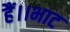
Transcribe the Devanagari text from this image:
हैं।।भाट